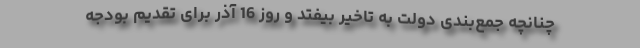
چنانچه جمع‌بندی دولت به تاخیر بیفتد و روز 16 آذر برای تقدیم بودجه